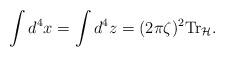
LaTeX: \begin{align*}\int d^4x=\int d^4z=(2\pi\zeta)^2\mbox{Tr}_{\cal H}.\end{align*}